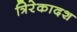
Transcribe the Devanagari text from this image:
त्रिरेकादश